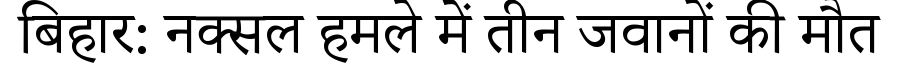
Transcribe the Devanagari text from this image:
बिहार: नक्सल हमले में तीन जवानों की मौत